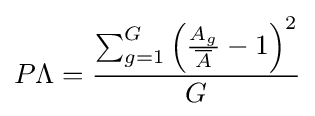
P\Lambda ={\frac {\sum _{g=1}^{G}{\left({\frac {A_{g}}{\overline {A}}}-1\right)^{2}}}{G}}